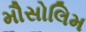
મૌસોલિમ